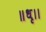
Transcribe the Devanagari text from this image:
॥धृ।।